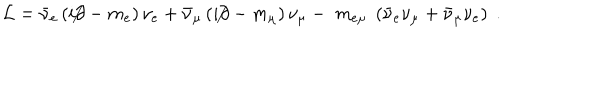
{ \cal L } = { \bar { \nu } } _ { e } \left( i \not \partial - m _ { e } \right) \nu _ { e } + { \bar { \nu } } _ { \mu } \left( i \not \partial - m _ { \mu } \right) \nu _ { \mu } - \; m _ { e \mu } \; \left( { \bar { \nu } } _ { e } \nu _ { \mu } + { \bar { \nu } } _ { \mu } \nu _ { e } \right) \; .